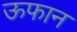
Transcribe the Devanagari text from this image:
ऊफान